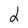
Character: 2